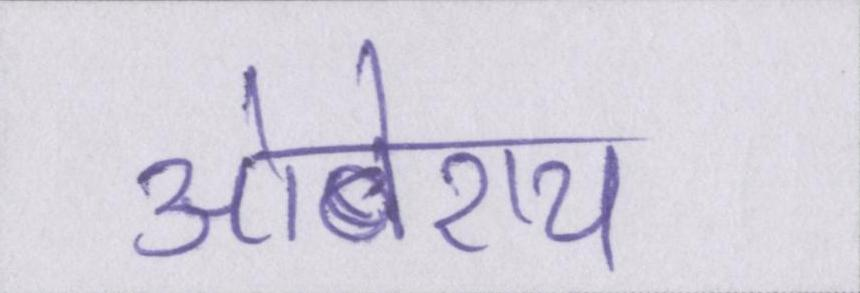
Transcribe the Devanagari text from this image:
ओबेराय